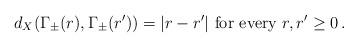
LaTeX: \begin{align*} d_X(\Gamma_\pm(r),\Gamma_\pm(r'))=|r-r'|\mbox{ for every }r,r'\geq0\, .\end{align*}